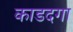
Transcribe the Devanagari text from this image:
काडदगा